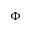
\Phi